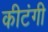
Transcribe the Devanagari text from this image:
कीटंगी